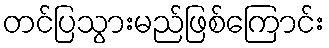
တင်ပြသွားမည်ဖြစ်ကြောင်း